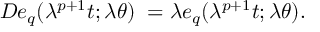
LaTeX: D e _ { q } ( \lambda ^ { p + 1 } t ; \lambda \theta ) \; = \lambda e _ { q } ( \lambda ^ { p + 1 } t ; \lambda \theta ) .